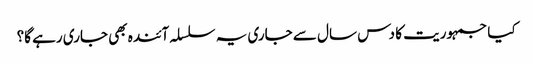
کیا جمہوریت کا دس سال سے جاری یہ سلسلہ آئندہ بھی جاری رہے گا؟